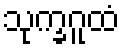
သုက္ခဂူထံ